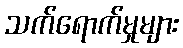
သက်ရောက်မှုများ